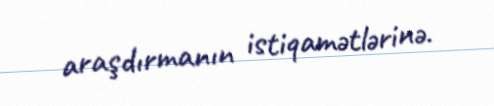
araşdırmanın istiqamətlərinə.